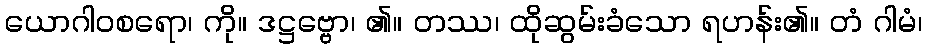
ယောဂါဝစရော၊ ကို။ ဒဋ္ဌဗ္ဗော၊ ၏။ တဿ၊ ထိုဆွမ်းခံသော ရဟန်း၏။ တံ ဂါမံ၊